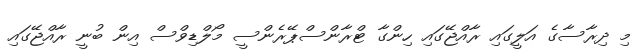
މި ދިރާސާގެ އަލީގައި ރާއްޖޭގައި ހިންގާ ޓްރާންސްޕޭރެންސީ މޯލްޑިވްސް އިން ބުނީ ރާއްޖޭގައި